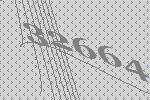
32664